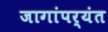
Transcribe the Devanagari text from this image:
जागांपर्यंत